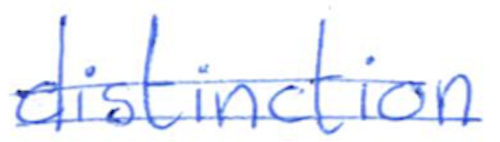
Text: distinction
Cross-out: double-line
Writing tool: ballpoint